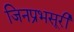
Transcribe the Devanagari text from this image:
जिनप्रभसूरी